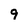
Character: 9